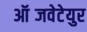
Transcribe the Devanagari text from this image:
ऑब्जवेटेयुर